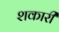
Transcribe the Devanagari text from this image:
शकारी